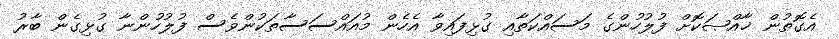
އެގޮތުން ޚާއްޞަކޮށް ފުލުހުންގެ މަސައްކަތާއި ގުޅިފައިވާ އެހެން މުއައްސަސާތަކުންވެސް ފުލުހުންނާ ގުޅިގެން ބާރު